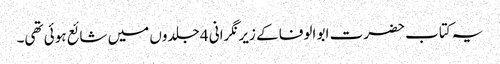
یہ کتاب حضرت ابو الوفا کے زیر نگرانی 4 جلدوں میں شائع ہوئی تھی۔